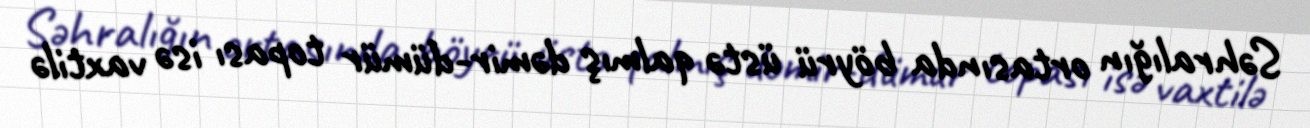
Səhralığın ortasında böyrü üstə qalmış dəmir-dümür topası isə vaxtilə